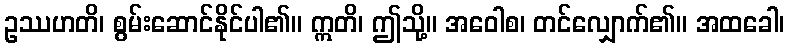
ဥဿဟတိ၊ စွမ်းဆောင်နိုင်ပါ၏။ ဣတိ၊ ဤသို့။ အဝေါစ၊ တင်လျှောက်၏။ အထခေါ၊